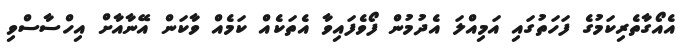
އެއޯގާތެރިކަމުގެ ފަހަތުގައި އަމިއްލަ އެދުމުން ފޯވެފައިވާ އެތަކެއް ކަމެއް ވާކަން އޭނާއާށް އިހްސާސްވި